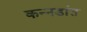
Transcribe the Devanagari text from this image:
कन्नडांत